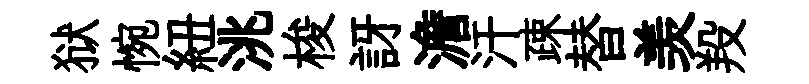
狱惋紐洮梭訝澹汗疎替羡羖